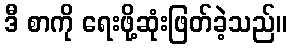
ဒီ စာကို ရေးဖို့ဆုံးဖြတ်ခဲ့သည်။